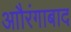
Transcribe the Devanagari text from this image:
आौरंगाबाद